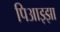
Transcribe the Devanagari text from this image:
पिआझ्झा